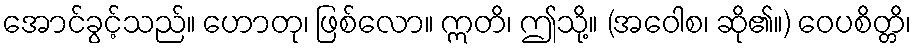
အောင်ခွင့်သည်။ ဟောတု၊ ဖြစ်လော။ ဣတိ၊ ဤသို့။ (အဝေါစ၊ ဆို၏။) ဝေပစိတ္တိ၊